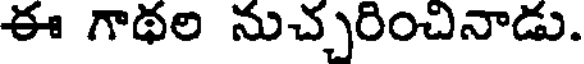
ఈ గాథల నుచ్చరించినాడు.